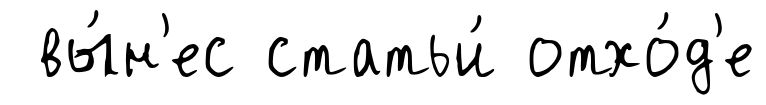
вы́н'ес статьи́ отхо́д'е